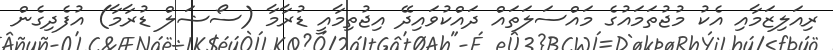
ރިއަލިޒަމާއި އެކު މުޖުތަމައުގެ މައްސަލަތައް ދައްކުވައިދޭ އިޖުތިމާއީ ޑުރާމާ (ސޯޝަލް ޑުރާމާ) އުފެދިގެން